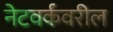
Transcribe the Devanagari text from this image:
नेटवर्कवरील